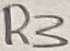
Text: R3